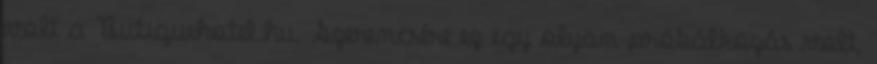
volt a Butiquehotel.hu. Szerencsére ez egy olyan próbálkozás volt,